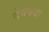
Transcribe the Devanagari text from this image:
देवषर्यः